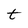
Character: t